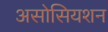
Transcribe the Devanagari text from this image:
असोसियशन